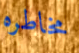
مخاطره